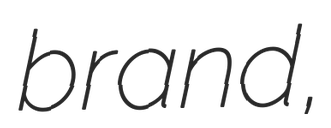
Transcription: brand,